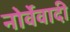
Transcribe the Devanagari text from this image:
नोर्वेवादी